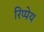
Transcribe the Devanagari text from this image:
रिप्पेय